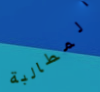
المطالبة